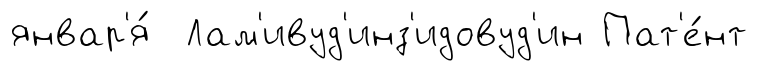
январ'я́ Лам'ивуд'инз'идовуд'ин Пат'е́нт